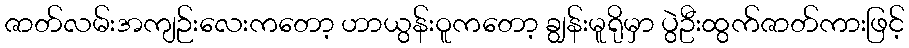
ဇာတ်လမ်းအကျဉ်းလေးကတော့ ဟာယွန်းဝူကတော့ ချွန်းမူရိုမှာ ပွဲဦးထွက်ဇာတ်ကားဖြင့်